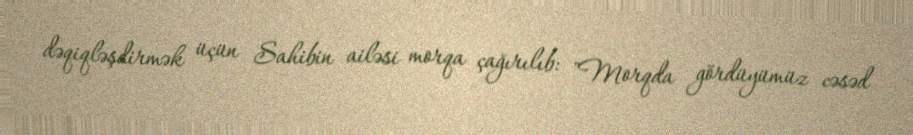
dəqiqləşdirmək üçün Sahibin ailəsi morqa çağırılıb: "Morqda gördüyümüz cəsəd